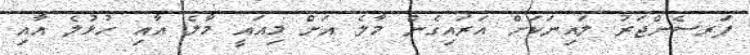
ޕަރސެންޖަރު ލައިނަކަށް އަރައިގެން މާލެ އަށް މިއައީ މާލެ އާއި ހުޅުލެ އާއި